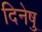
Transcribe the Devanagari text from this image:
दिनेषु